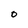
Character: O